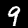
Digit: 9